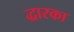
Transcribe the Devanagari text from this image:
द्धारका